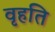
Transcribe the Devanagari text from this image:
वृहति